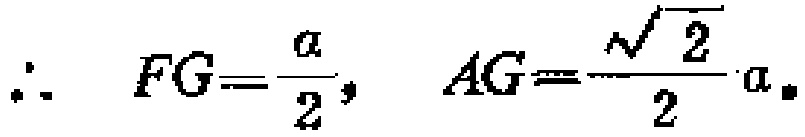
\(\therefore \quad FG=\frac{a}{2}, \quad AG=\frac{\sqrt{2}}{2}a。\)